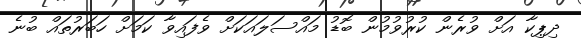
ދިޕިކާ އަށް ވުރެން ކުރުވުމުން ބޮޑު މައްސަލައަކަށް ވެފައިވާ ކަމަށް ހަބަރުތައް ބުނެ